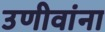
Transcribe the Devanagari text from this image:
उणीवांना